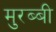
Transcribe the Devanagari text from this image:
मुरब्बी